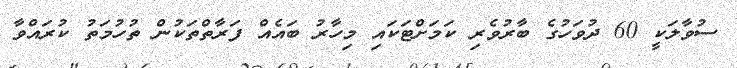
ސުވާލަކީ 60 ދުވަހުގެ ބާރުވެރި ކަމަށްޓަކައި މިހާރު ބައެއް ފަރާތްތަކުން ތުހުމަތު ކުރައްވާ